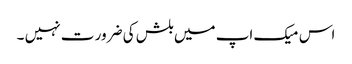
اس میک اپ میں بلش کی ضرور ت نہیں ۔